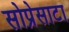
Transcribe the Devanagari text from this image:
सोप्रेसाटा